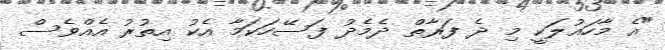
"އެ މާހައުލަކީ މި ދެ ފަރާތް ދެމެދު ފަސޭހަކަމާ އެކު އިތުރު އެއްވެސް